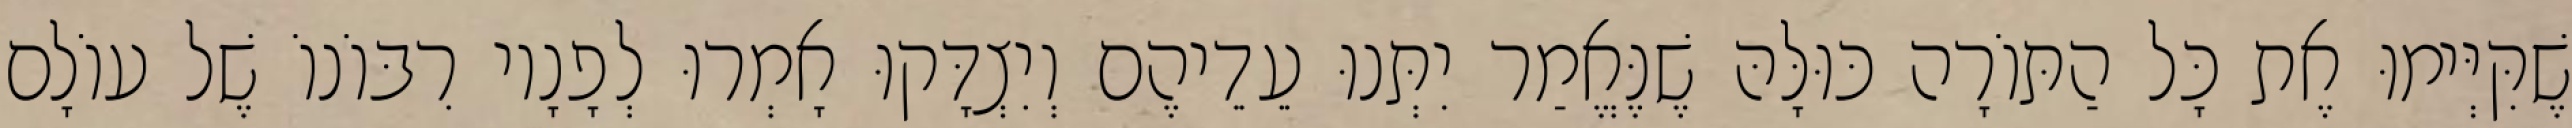
שֶׁקִּיְּימוּ אֶת כָּל הַתּוֹרָה כּוּלָּהּ שֶׁנֶּאֱמַר יִתְּנוּ עֵדֵיהֶם וְיִצְדָּקוּ אָמְרוּ לְפָנָיו רִבּוֹנוֹ שֶׁל עוֹלָם